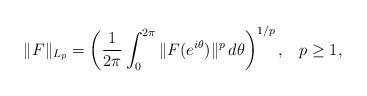
LaTeX: \begin{align*}\|F\|_{L_p}=\left(\frac1{2\pi}\int_0^{2\pi}\|F(e^{i\theta})\|^p\,d\theta\right)^{1/p},\;\;\;p\geq 1,\end{align*}